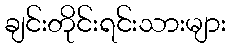
ချင်းတိုင်းရင်းသားများ